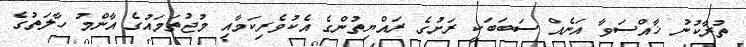
ތުރާކުނު ޚާއްސަވާ އަނެއް ސަބަބަކީ ރަށުގެ ރައްޔިތުންގެ އެކުވެރިކަމާއި މުޖުތަމައުގެ އާންމު ހާލަތުގެ